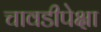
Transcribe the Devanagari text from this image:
चावडीपेक्षा